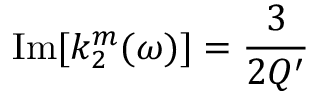
\operatorname { I m } [ k _ { 2 } ^ { m } ( \omega ) ] = \frac { 3 } { 2 Q ^ { \prime } }